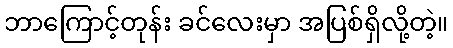
ဘာကြောင့်တုန်း ခင်လေးမှာ အပြစ်ရှိလို့တဲ့။